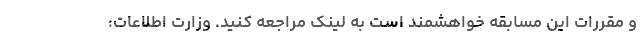
و مقررات این مسابقه خواهشمند است به لینک مراجعه کنید. وزارت اطلاعات: